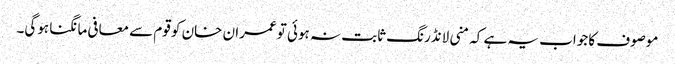
موصوف کا جواب یہ ہے کہ منی لانڈرنگ ثابت نہ ہوئی تو عمران خان کو قوم سے معافی مانگنا ہوگی۔